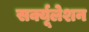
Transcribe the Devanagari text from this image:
सर्क्यूलेशन